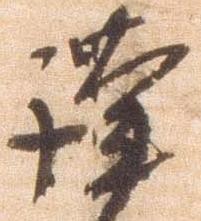
謹